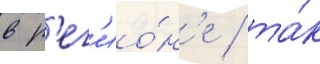
в р'ег'ио́н'е / та́к